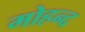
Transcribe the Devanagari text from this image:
मोहन्द